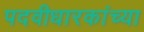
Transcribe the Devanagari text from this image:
पदवीधारकांच्या